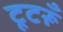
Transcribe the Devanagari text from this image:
टूटरूँ